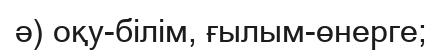
ә) оқу-білім, ғылым-өнерге;